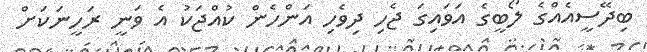
ބިދޭސީއެއްގެ ލޯބީގެ އަވައިގަ ޖެހި ދިވެހި އަންހެން ކުއްޖަކު އެ ވަނީ ރަހީނަކަށް